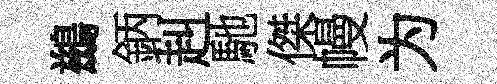
鷀鈵赳馳傑幔为